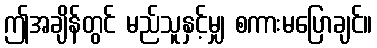
ဤအချိန်တွင် မည်သူနှင့်မျှ စကားမပြောချင်။